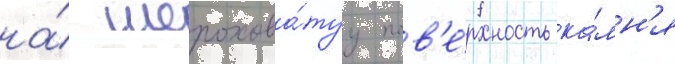
на́ шерохова́туу пов'е́рхность ка́мн'я